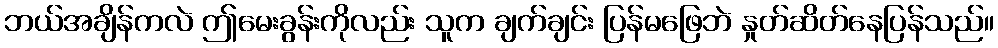
ဘယ်အချိန်ကလဲ ဤမေးခွန်းကိုလည်း သူက ချက်ချင်း ပြန်မဖြေဘဲ နှုတ်ဆိတ်နေပြန်သည်။